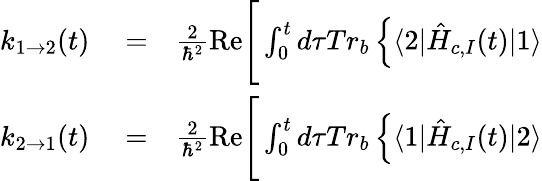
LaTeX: \begin{array}{rlr}{k_{1\rightarrow 2}(t)}&{{}=}&{\frac{2}{\hbar^{2}}\mathrm{Re}\Bigg[\int_{0}^{t}d\tau Tr_{b}\left\{ \langle 2|\hat{H}_{c,I}(t)|1\rangle\right.}\\ {k_{2\rightarrow 1}(t)}&{{}=}&{\frac{2}{\hbar^{2}}\mathrm{Re}\Bigg[\int_{0}^{t}d\tau Tr_{b}\left\{ \langle 1|\hat{H}_{c,I}(t)|2\rangle\right.}\end{array}